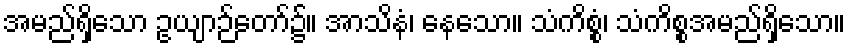
အမည်ရှိသော ဥယျာဉ်တော်၌။ အာသိနံ၊ နေသော။ သံကိစ္စံ၊ သံကိစ္စအမည်ရှိသော။